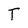
Character: T